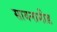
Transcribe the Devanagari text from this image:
सायनामीड